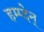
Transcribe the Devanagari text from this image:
हम्प्देन्